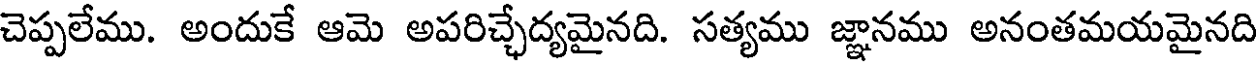
చెప్పలేము. అందుకే ఆమె అపరిచ్చేద్యమైనది. సత్యము జ్ఞానము అనంతమయమైనది